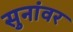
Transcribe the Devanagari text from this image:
सुनांवर